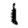
Digit: 1